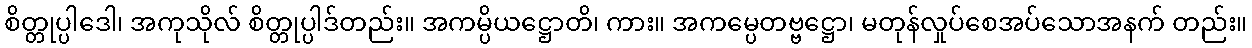
စိတ္တုပ္ပါဒေါ၊ အကုသိုလ် စိတ္တုပ္ပါဒ်တည်း။ အကမ္ပိယဋ္ဌောတိ၊ ကား။ အကမ္ပေတဗ္ဗဋ္ဌော၊ မတုန်လှုပ်စေအပ်သောအနက် တည်း။